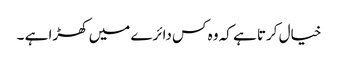
خیال کرتا ہے کہ وہ کس دائرے میں کھڑا ہے ۔